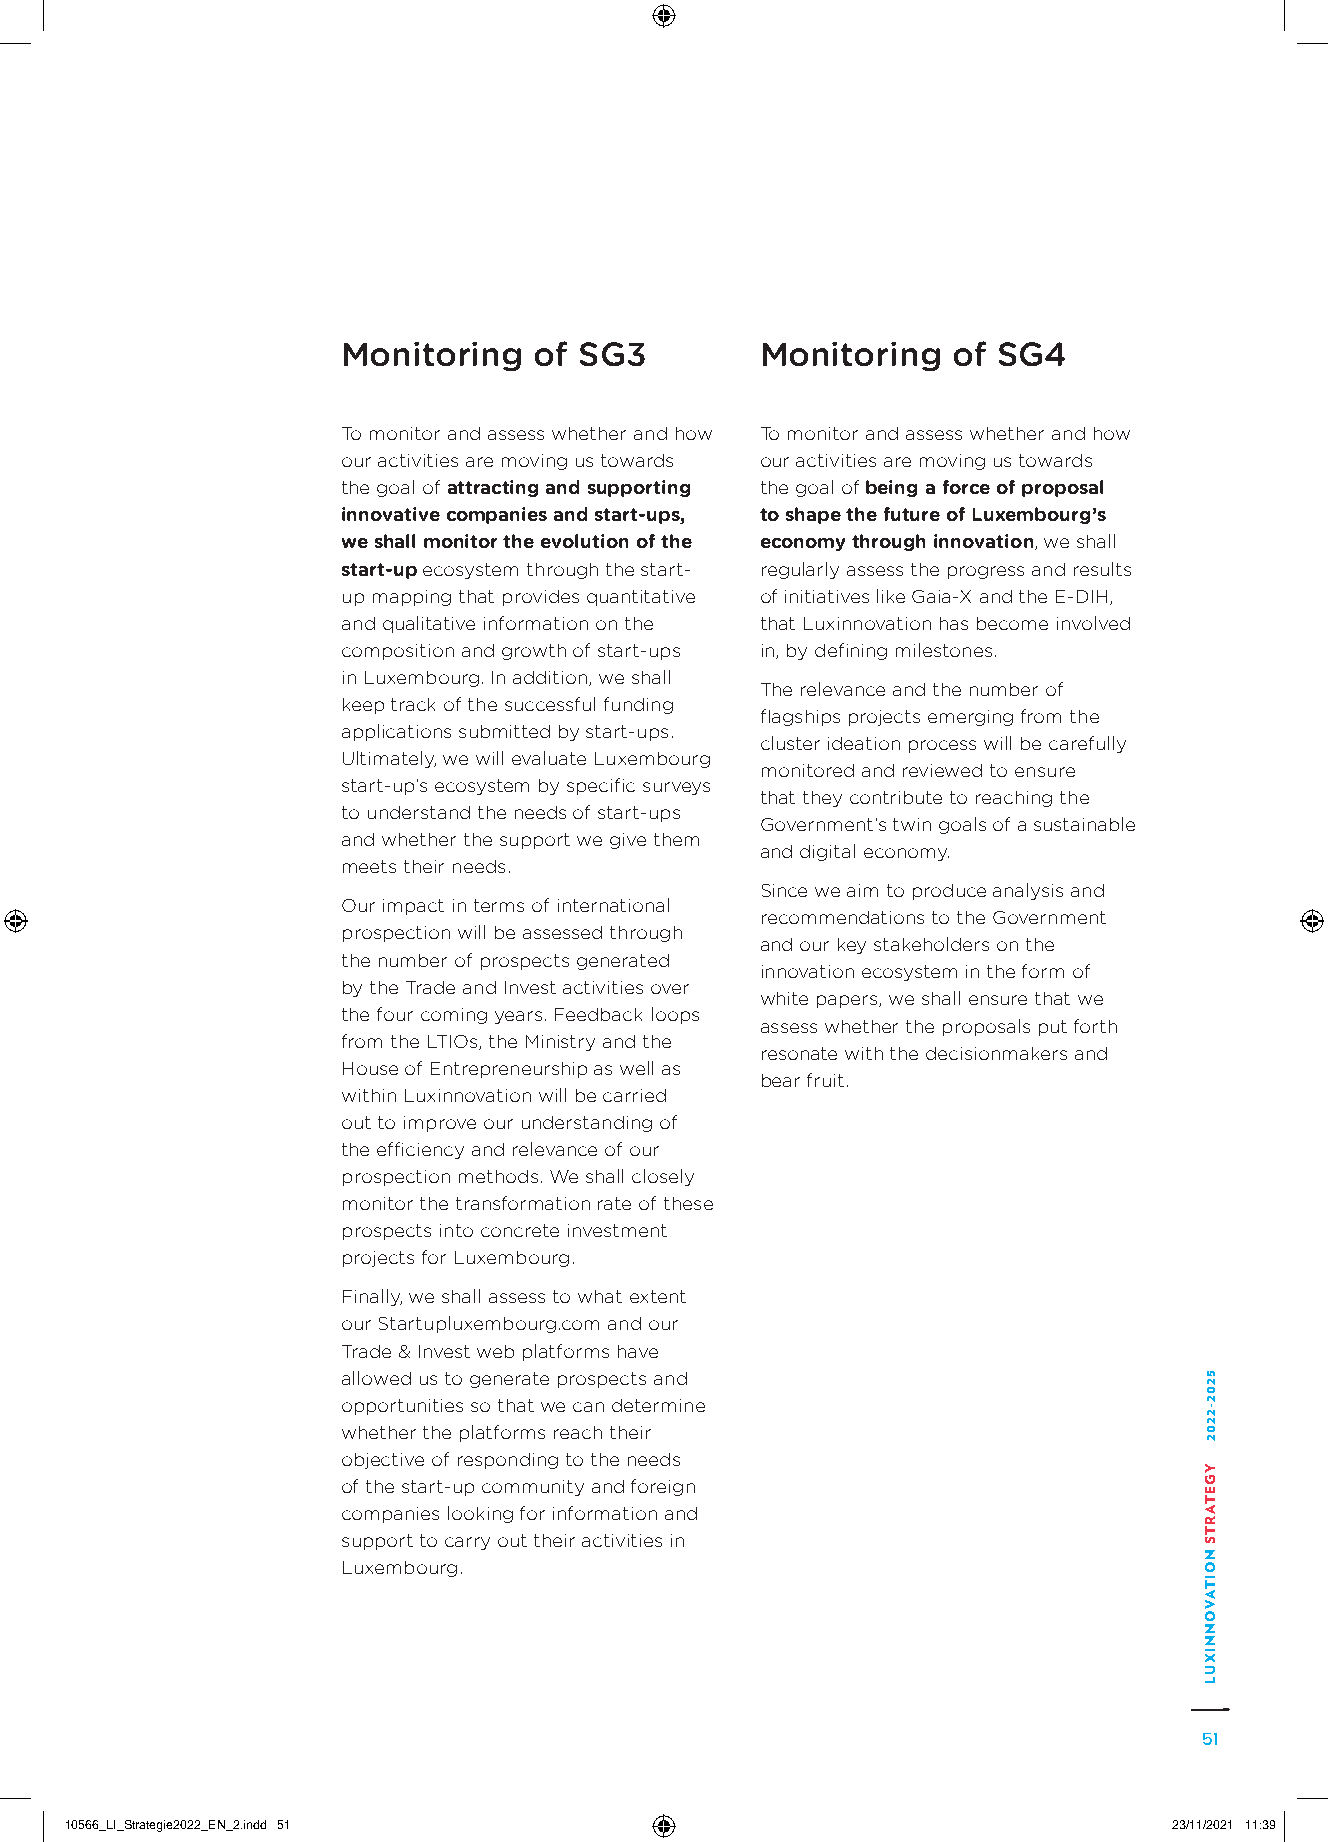
Monitoring  of SG3         Monitoring   of SG4
 To monitor and assess whether and how To monitor and assess whether and how
 our activities are moving us towards our activities are moving us towards
 the goal of attracting and supporting the goal of being a force of proposal
 innovative companies and start-ups, to shape the future of Luxembourg’s
 we shall monitor the evolution of the economy through innovation, we shall
 start-up ecosystem through the start- regularly assess the progress and results
 up mapping that provides quantitative of initiatives like Gaia-X and the E-DIH,
 and qualitative information on the that Luxinnovation has become involved
 composition and growth of start-ups in, by defining milestones.
 in Luxembourg. In addition, we shall
 The relevance and the number of
 keep track of the successful funding
 flagships projects emerging from the
 applications submitted by start-ups.
 cluster ideation process will be carefully
 Ultimately, we will evaluate Luxembourg
 monitored and reviewed to ensure
 start-up’s ecosystem by specific surveys
 that they contribute to reaching the
 to understand the needs of start-ups
 Government’s twin goals of a sustainable
 and whether the support we give them
 and digital economy.
 meets their needs.
 Since we aim to produce analysis and
 Our impact in terms of international
 recommendations to the Government
 prospection will be assessed through
 and our key stakeholders on the
 the number of prospects generated
 innovation ecosystem in the form of
 by the Trade and Invest activities over
 white papers, we shall ensure that we
 the four coming years. Feedback loops
 assess whether the proposals put forth
 from the LTIOs, the Ministry and the
 resonate with the decisionmakers and
 House of Entrepreneurship as well as
 bear fruit.
 within Luxinnovation will be carried
 out to improve our understanding of
 the efficiency and relevance of our
 prospection methods. We shall closely
 monitor the transformation rate of these
 prospects into concrete investment
 projects for Luxembourg.
 Finally, we shall assess to what extent
 our Startupluxembourg.com and our
 Trade & Invest web platforms have
 allowed us to generate prospects and
 opportunities so that we can determine
 whether the platforms reach their
 objective of responding to the needs
 of the start-up community and foreign
 companies looking for information and
 support to carry out their activities in
 Luxembourg.
 51
 1100556666__LLII__SSttrraatteeggiiee22002222__EENN__22..iinndddd 5511     2233//1111//22002211 1111::3399
 5202-2202
 YGETARTS
 NOITAVONNIXUL